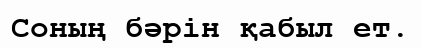
Соның бәрін қабыл ет.